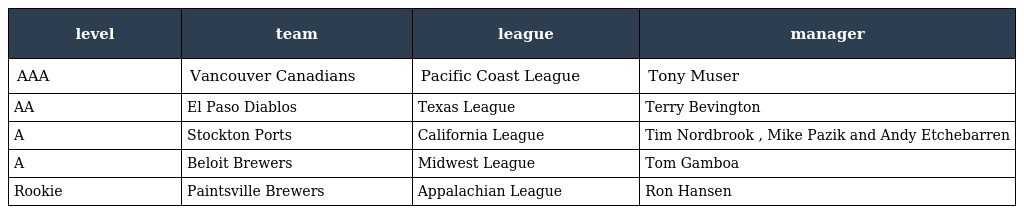
| level | team | league | manager |
 | --- | --- | --- | --- |
 | AAA | Vancouver Canadians | Pacific Coast League | Tony Muser |
 | AA | El Paso Diablos | Texas League | Terry Bevington |
 | A | Stockton Ports | California League | Tim Nordbrook , Mike Pazik and Andy Etchebarren |
 | A | Beloit Brewers | Midwest League | Tom Gamboa |
 | Rookie | Paintsville Brewers | Appalachian League | Ron Hansen |